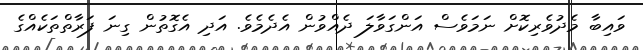
ވައިބާ މެދުވެރިކޮށް ނަމަވެސް އަންގަވާލަ ދެއްވުން އެދެމެވެ. އަދި އެގޮތުން ގިނަ ފަރާތްތަކެއްގެ